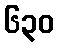
၆၃၀